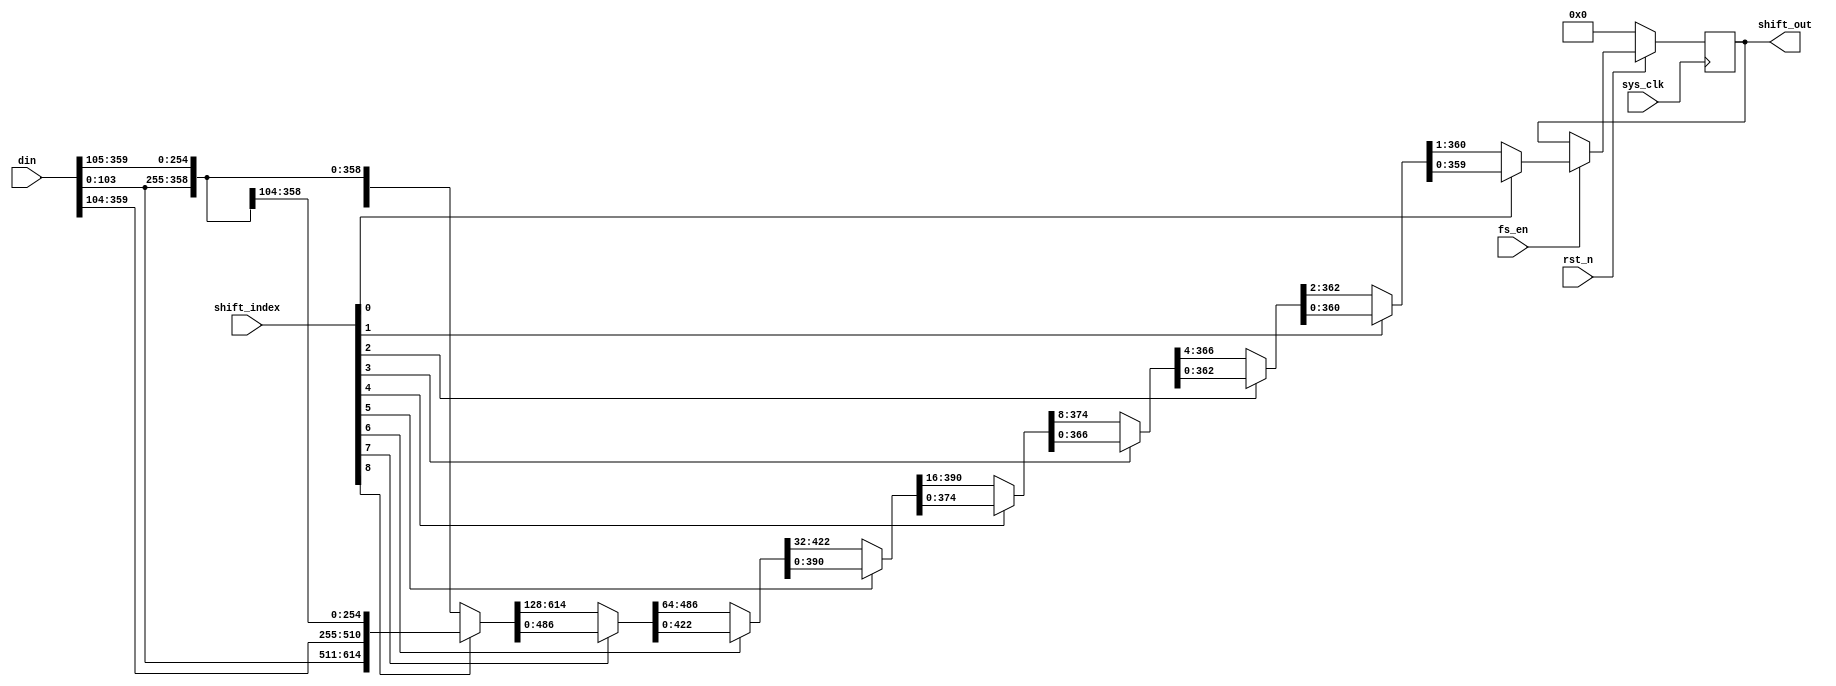

`timescale 1ns / 1ps
module cyclic_shift #(parameter IND = 1,//Dwidth of channel
					  parameter CHD = 360)//Channel of data
					  (
input	          									sys_clk,
input													fs_en,
input	          									rst_n,
//////////////////////////////////////////////////////////////
//input	          									shift_vld,
input	          		[8:0]						shift_index,// cyclic shift derication is up
input	          		[CHD - 1:0]				din,// MSB is the first Bit

//output	  reg     								shift_oe,
output	  reg     		[CHD*IND - 1:0]	shift_out
);
reg						[(CHD + 255)*IND - 1:0] 	s1;
reg						[(CHD + 127)*IND - 1:0] 	s2;
reg						[(CHD +  63)*IND - 1:0] 	s3;
reg						[(CHD +  31)*IND - 1:0] 	s4;
reg						[(CHD +  15)*IND - 1:0] 	s5;
reg						[(CHD +   7)*IND - 1:0] 	s6;
reg						[(CHD +   3)*IND - 1:0] 	s7;
reg						[(CHD +   1)*IND - 1:0] 	s8;
reg						[(CHD +   0)*IND - 1:0] 	s9;

wire					[CHD*3*IND - 1:0]			din_buff;

assign	din_buff = {din,din,din};

always @(*)begin
	if(shift_index[8] == 1'b1)begin
		s1[(CHD + 255)*IND - 1:0] = din_buff[((CHD*3 - 256)*IND - 1):(CHD*3 - (CHD + 511))*IND];
	end
	else begin
		s1[(CHD + 255)*IND - 1:0] = din_buff[(CHD*3*IND - 1):(CHD*3 - (CHD + 255))*IND];
	end
end

always @(*)begin
	if(shift_index[7] == 1'b0)begin
		s2[(CHD + 127)*IND - 1:0] = s1[((CHD + 255)*IND - 1):128*IND];
	end
	else begin
		s2[(CHD + 127)*IND - 1:0] = s1[((CHD + 127)*IND - 1):0*IND];
	end
end

always @(*)begin
	if(shift_index[6] == 1'b0)begin
		s3[(CHD + 63)*IND - 1:0] = s2[((CHD + 127)*IND - 1):64*IND];
	end
	else begin
		s3[(CHD + 63)*IND - 1:0] = s2[((CHD + 63)*IND - 1):0*IND];
	end
end

always @(*)begin
	if(shift_index[5] == 1'b0)begin
		s4[(CHD + 31)*IND - 1:0] = s3[((CHD + 63)*IND - 1):32*IND];
	end
	else begin
		s4[(CHD + 31)*IND - 1:0] = s3[((CHD + 31)*IND - 1):0*IND];
	end
end

always @(*)begin
	if(shift_index[4] == 1'b0)begin
		s5[(CHD + 15)*IND - 1:0] = s4[((CHD + 31)*IND - 1):16*IND];
	end
	else begin
		s5[(CHD + 15)*IND - 1:0] = s4[((CHD + 15)*IND - 1):0*IND];
	end
end

always @(*)begin
	if(shift_index[3] == 1'b0)begin
		s6[(CHD + 7)*IND - 1:0] = s5[((CHD + 15)*IND - 1):8*IND];
	end
	else begin
		s6[(CHD + 7)*IND - 1:0] = s5[((CHD + 7)*IND - 1):0*IND];
	end
end

always @(*)begin
	if(shift_index[2] == 1'b0)begin
		s7[(CHD + 3)*IND - 1:0] = s6[((CHD + 7)*IND - 1):4*IND];
	end
	else begin
		s7[(CHD + 3)*IND - 1:0] = s6[((CHD + 3)*IND - 1):0*IND];
	end
end

always @(*)begin
	if(shift_index[1] == 1'b0)begin
		s8[(CHD + 1)*IND - 1:0] = s7[((CHD + 3)*IND - 1):2*IND];
	end
	else begin
		s8[(CHD + 1)*IND - 1:0] = s7[((CHD + 1)*IND - 1):0*IND];
	end
end

always @(*)begin
	if(shift_index[0] == 1'b0)begin
		s9[(CHD + 0)*IND - 1:0] = s8[((CHD + 1)*IND - 1):1*IND];
	end
	else begin
		s9[(CHD + 0)*IND - 1:0] = s8[((CHD + 0)*IND - 1):0*IND];
	end
end

always @(posedge sys_clk)begin
	if(~rst_n)begin
		//shift_oe <= 1'b0;
		shift_out <= 360'h0;
	end
	else if(fs_en == 1'b1)begin//if(shift_vld)begin////????
		//shift_oe <= 1'b1;
		shift_out <= s9;
	end
	else begin
	end
	//else begin
	//	shift_oe <= 1'b0;
	//end
end

endmodule